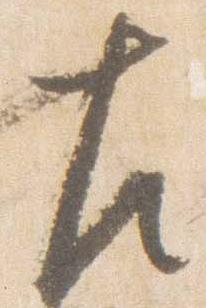
左